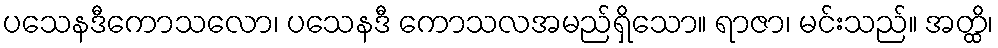
ပသေနဒီကောသလော၊ ပသေနဒီ ကောသလအမည်ရှိသော။ ရာဇာ၊ မင်းသည်။ အတ္ထိ၊